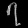
Digit: ၇